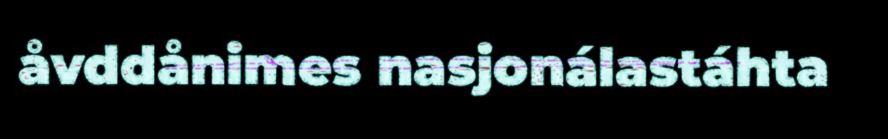
åvddånimes nasjonálastáhta